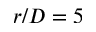
r / D = 5